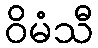
ဝိမံသီ